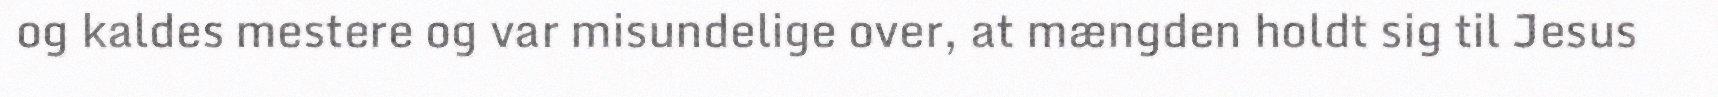
og kaldes mestere og var misundelige over, at mængden holdt sig til Jesus